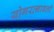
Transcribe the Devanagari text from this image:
योगरत्नावली